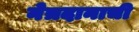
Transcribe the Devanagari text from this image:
नेत्रदानाची